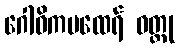
ဂေါဓိကမထေရ် ဝတ္ထု